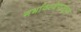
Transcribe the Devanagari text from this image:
गर्भावस्थेपासूनच